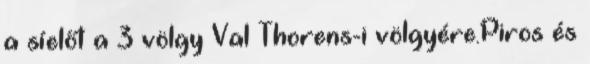
a síelőt a 3 völgy Val Thorens-i völgyére.Piros és